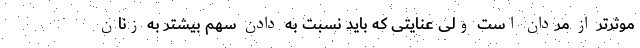
موثرتر از مردان است ولی عنایتی که باید نسبت به دادن سهم بیشتر به زنان